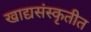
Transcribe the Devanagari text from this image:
खाद्यसंस्कृतीत